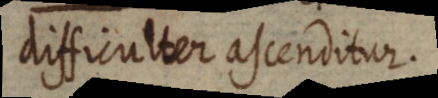
difficulter ascenditur.